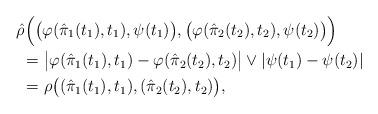
LaTeX: \begin{align*}&\hat{\rho}\Big(\big(\varphi(\hat{\pi}_{1}(t_{1}),t_{1}),\psi(t_{1})\big),\big(\varphi(\hat{\pi}_{2}(t_{2}),t_{2}),\psi(t_{2})\big)\Big)\\&~=\big |\varphi(\hat{\pi}_{1}(t_{1}),t_{1})-\varphi(\hat{\pi}_{2}(t_{2}),t_{2})\big | \vee | \psi(t_{1})-\psi(t_{2}) |\\&~=\rho\big((\hat{\pi}_{1}(t_{1}),t_{1}),(\hat{\pi}_{2}(t_{2}),t_{2}) \big),\end{align*}